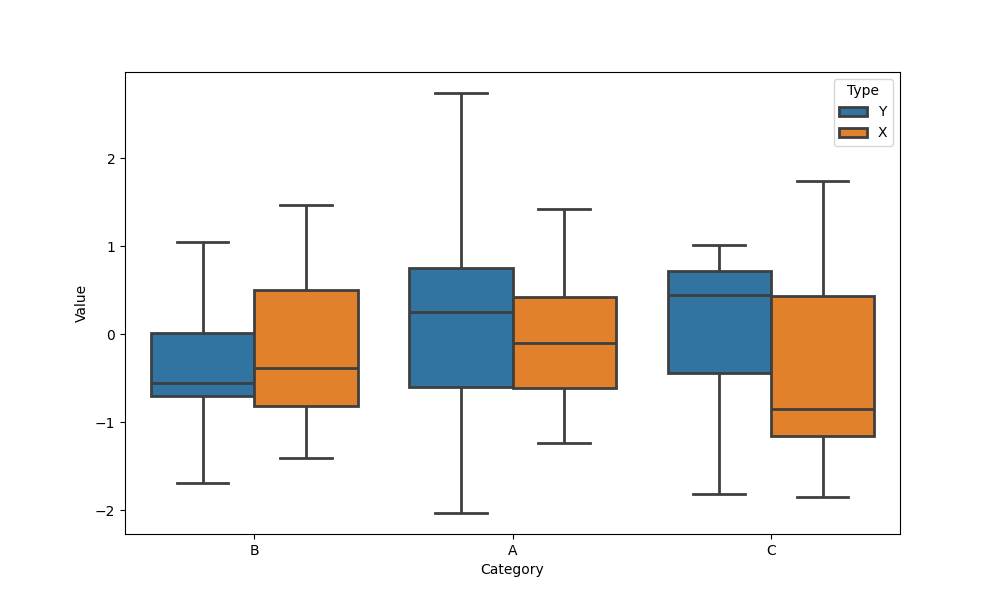
python, seaborn, boxplot, width=0.8, linewidth=2, fliersize=5, notch=False